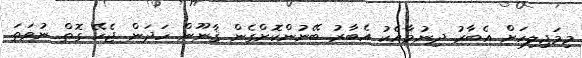
މިމަޖިލިހަށް އެބާރު ދިނުމާއެކު އެބާރު ބޭނުންކޮށްގެން ޤާނޫން ހަދަން ޖެހޭ ގޮތް ނުވަތަ